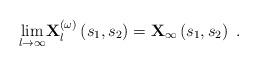
LaTeX: \begin{align*}\underset{l\rightarrow \infty }{\lim }\mathbf{X}_{l}^{(\omega )}\left(s_{1},s_{2}\right) =\mathbf{X}_{\infty }\left( s_{1},s_{2}\right) \ .\end{align*}